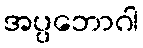
အပ္ပဘောဂါ